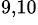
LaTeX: ^{9,10}